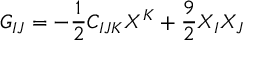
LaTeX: G _ { I J } = - { \frac { 1 } { 2 } } C _ { I J K } X ^ { K } + { \frac { 9 } { 2 } } X _ { I } X _ { J }